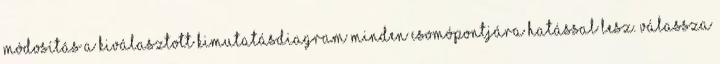
módosítás a kiválasztott kimutatásdiagram minden csomópontjára hatással lesz. Válassza